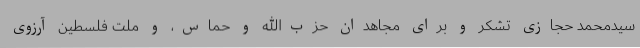
سیدمحمد حجازی تشکر و برای مجاهدان حزب‌الله و حماس، و ملت فلسطین آرزوی